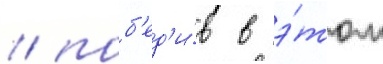
/ поб'ед'и́в в э́том